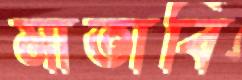
মাতাবি